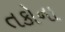
તકોના